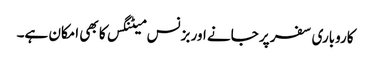
کاروباری سفر پر جانے اور بزنس میٹنگس کا بھی امکان ہے۔